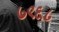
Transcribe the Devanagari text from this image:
७९६८